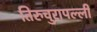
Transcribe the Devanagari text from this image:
तिरुचुरापल्ली